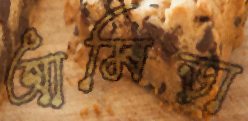
আমিড়া